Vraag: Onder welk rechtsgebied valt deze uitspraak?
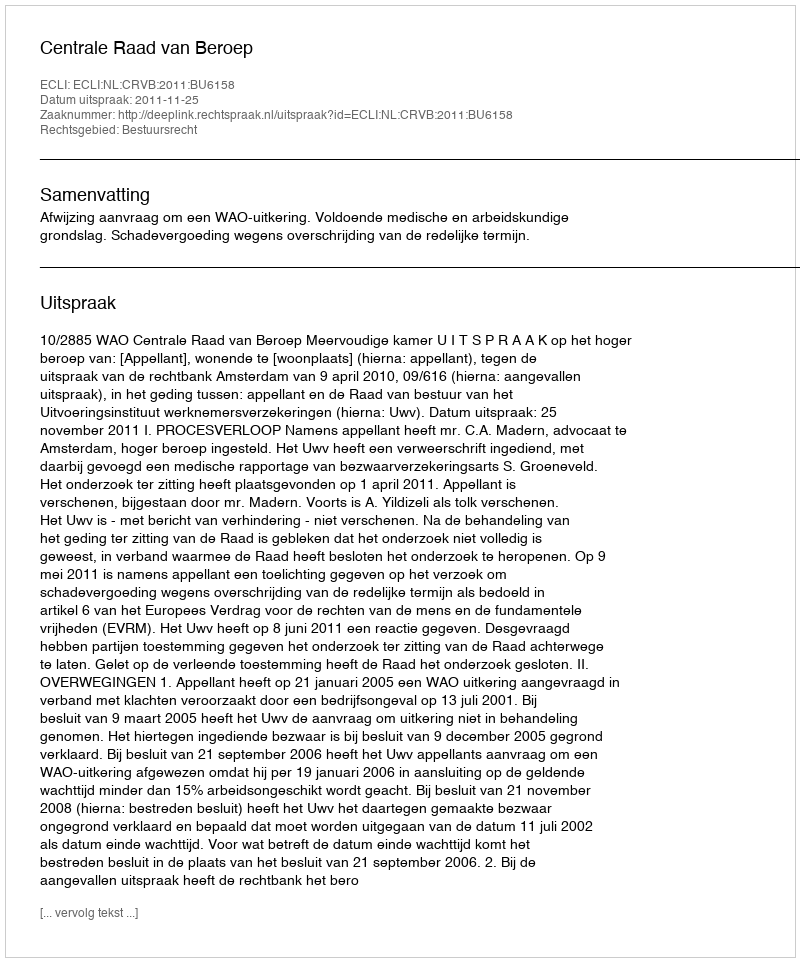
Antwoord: Bestuursrecht